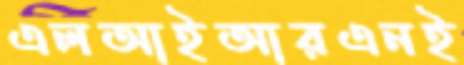
এলআইআরএনই